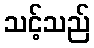
သင့်သည်